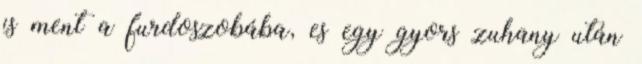
is ment a furdoszobába, es egy gyors zuhany után